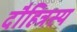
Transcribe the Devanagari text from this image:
दौहित्रस्य